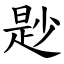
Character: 尟